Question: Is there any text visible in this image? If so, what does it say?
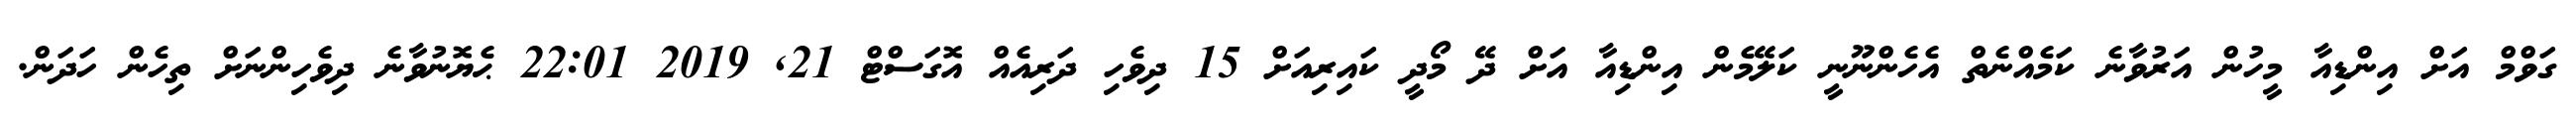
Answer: ގަވްމް އަށް އިންޑިއާ މީހުން އަރުވާނެ ކަމެއްނެތް އެހެންނޫނީ ކަލޭމެން އިންޑިއާ އަށް ދޭ މޯދީ ކައިރިއަށް 15 ދިވެހި ދަރިއެއް އޮގަސްޓް 21, 2019 22:01 ޙެޔޮނުވާނެ ދިވެހިންނަށް ތިހެން ހަދަން.